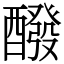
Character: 醱